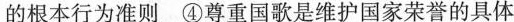
的根本行为准则 ④尊重国歌是维护国家荣誉的具体